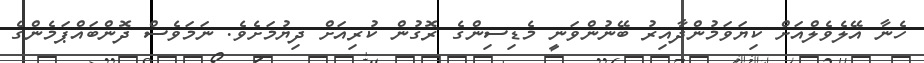
ހެނާ އޭލެވެލްއަށް ކިޔަވަމުންދާއިރު ބޭނުންވަނީ މެޑިސިންގެ ރޮގުން ކުރިއަށް ދިޔުމަށެވެ. ނަމަވެސް ދޮންބައްޕަމެންގެ